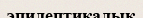
эпилептикалық